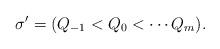
LaTeX: \begin{align*}\sigma' = (Q_{-1} < Q_0 < \cdots Q_m).\end{align*}